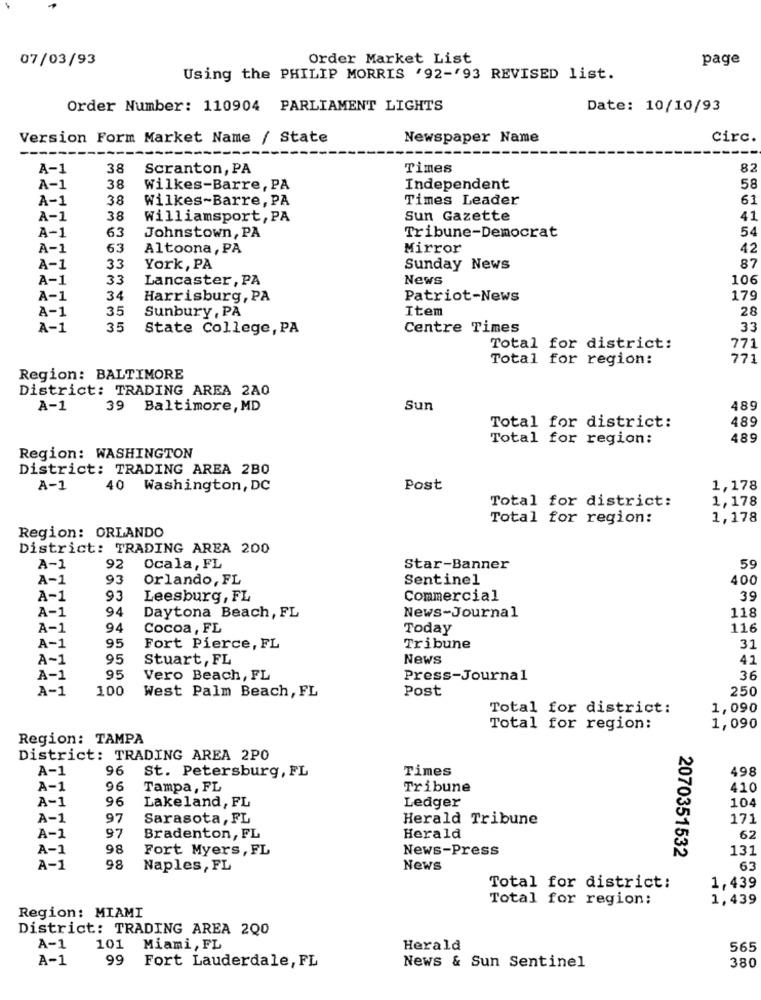
07/03/93
Order Market List
page
Using the PHILIP MORRIS '92-'93 REVISED list.
Order Number: 110904 PARLIAMENT LIGHTS
Date: 10/10/93
Version Form Market Name / State
Newspaper Name
circ.
---
A-1
38
Scranton, PA
Times
82
A-1
38
Wilkes-Barre, PA
Independent
58
A-1
38
Wilkes-Barre, PA
Times Leader
61
A-1
38
Williamsport, PA
Sun Gazette
41
63
54
A-1
Johnstown, PA
Tribune-Democrat
A-1
63
Altoona, PA
Mirror
42
87
A-1
33
York, PA
Sunday News
A-1
33
Lancaster, PA
News
106
A-1
34
Harrisburg, PA
Patriot-News
179
A-1
35
Sunbury, PA
Item
28
A-1
35
State College, PA
Centre Times
33
Total for district:
771
Total for region:
771
Region: BALTIMORE
District: TRADING AREA 2A0
A-1
39 Baltimore, MD
Sun
489
489
Total for district:
Total for region:
489
Region: WASHINGTON
District: TRADING AREA 2BO
A-1
40 Washington, DC
Post
1,178
Total for district:
1,178
Total for region:
1,178
Region: ORLANDO
District: TRADING AREA 200
A-1
92
Ocala, FL
Star-Banner
59
A-1
93
Orlando, FL
Sentinel
400
A-1
93
Leesburg, FL
Commercial
39
94
118
A-1
Daytona Beach, FL
News-Journal
A-1
94
Cocoa, FL
Today
116
A-1
95
Fort Pierce, FL
Tribune
31
A~1
95
Stuart, FL
News
41
A-1
95
Vero Beach, FL
Press-Journal
36
A-1
100
Post
250
West Palm Beach, FL
Total for district:
1,090
Total for region:
1,090
Region: TAMPA
District: TRADING AREA 2PO
A-1
96
St. Petersburg, FL
Times
498
A-1
96
Tampa, FL
Tribune
410
A-1
96
Lakeland, FL
Ledger
104
A-1
97
Sarasota, FL
Herald Tribune
171
97
A-1
Bradenton, FL
Herald
62
A-1
98
Fort Myers, FL
News-Press
2070351532
131
A-1
98
Naples, FL
News
63
Total for district:
1,439
Total for region:
1,439
Region: MIAMI
District: TRADING AREA 200
A-1
101 Miami, FL
Herald
565
A-1
99
Fort Lauderdale, FL
News & Sun Sentinel
380